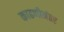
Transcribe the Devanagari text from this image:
काढणीनंतर